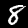
Digit: 8